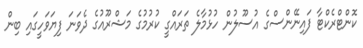
ކޮންޓްރެކްޓާ ފައިނޭންސްގެ އުސޫލުން ހުޅުމާލެ ތަރައްގީ ކުރުމުގެ މަޝްރޫއުގެ ދެވަނަ ފިޔަވަހީގައި ބިން